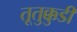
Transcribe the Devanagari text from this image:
तूतुक्कुडी